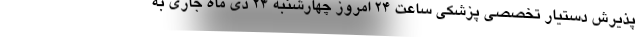
پذیرش دستیار تخصصی پزشکی ساعت ۲۴ امروز چهارشنبه ۲۴ دی ماه جاری به